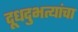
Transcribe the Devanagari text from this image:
दूधदुभत्यांचा